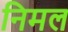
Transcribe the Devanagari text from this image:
निमल